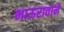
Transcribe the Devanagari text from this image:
भाऊरावाने